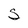
Character: S